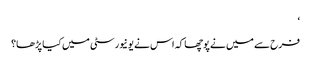
‘
فرح سے میں نے پوچھا کہ اس نے یونیورسٹی میں کیا پڑھا؟